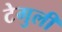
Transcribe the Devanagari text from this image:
टेगुली